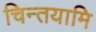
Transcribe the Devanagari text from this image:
चिन्तयामि